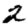
Digit: 2